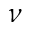
\nu